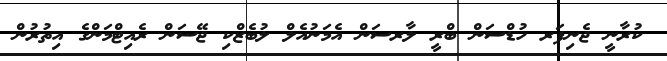
ކުރާނީ ޖެނިފަރ ހުޑްސަން ބްރީ ލާރސަން އެމަނުއެލް ލުބެޒްކި ޖޭސަން ރެއިޓްމަންގެ އިތުރުން